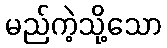
မည်ကဲ့သို့သော